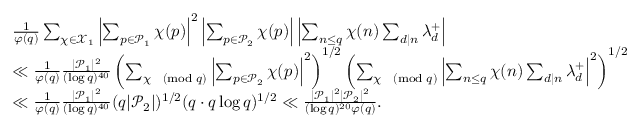
\begin{array} { r l } & { \frac { 1 } { \varphi ( q ) } \sum _ { \substack { \chi \in \mathcal { X } _ { 1 } } } \left| \sum _ { p \in \mathcal { P } _ { 1 } } \chi ( p ) \right| ^ { 2 } \left| \sum _ { p \in \mathcal { P } _ { 2 } } \chi ( p ) \right| \left| \sum _ { n \leq q } \chi ( n ) \sum _ { d \mid n } \lambda _ { d } ^ { + } \right| } \\ & { \ll \frac { 1 } { \varphi ( q ) } \frac { | \mathcal { P } _ { 1 } | ^ { 2 } } { ( \log q ) ^ { 4 0 } } \left( \sum _ { \substack { \chi \pmod q } } \left| \sum _ { p \in \mathcal { P } _ { 2 } } \chi ( p ) \right| ^ { 2 } \right) ^ { 1 / 2 } \left( \sum _ { \chi \pmod { q } } \left| \sum _ { n \leq q } \chi ( n ) \sum _ { d \mid n } \lambda _ { d } ^ { + } \right| ^ { 2 } \right) ^ { 1 / 2 } } \\ & { \ll \frac { 1 } { \varphi ( q ) } \frac { | \mathcal { P } _ { 1 } | ^ { 2 } } { ( \log q ) ^ { 4 0 } } ( q | \mathcal { P } _ { 2 } | ) ^ { 1 / 2 } ( q \cdot q \log q ) ^ { 1 / 2 } \ll \frac { | \mathcal { P } _ { 1 } | ^ { 2 } | \mathcal { P } _ { 2 } | ^ { 2 } } { ( \log q ) ^ { 2 0 } \varphi ( q ) } . } \end{array}